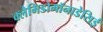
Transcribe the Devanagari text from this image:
क्लैमिडोमॉनाडेसिई